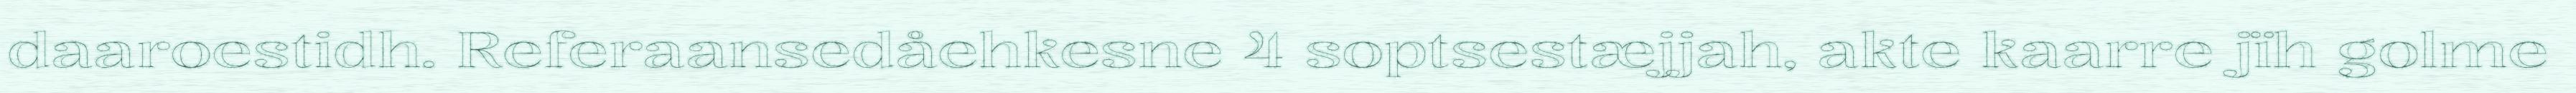
daaroestidh. Referaansedåehkesne 4 soptsestæjjah, akte kaarre jïh golme